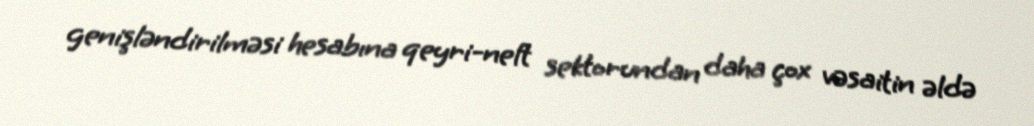
genişləndirilməsi hesabına qeyri-neft sektorundan daha çox vəsaitin əldə